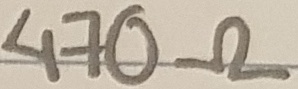
Text: 470Ω